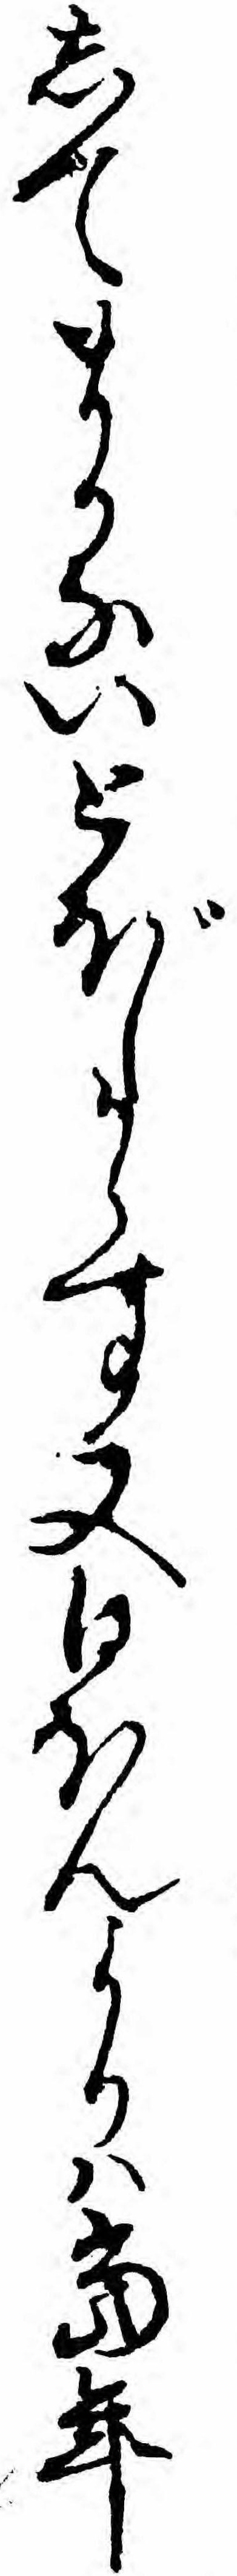
してまかないとぼしからす又日ほんよりハ当年